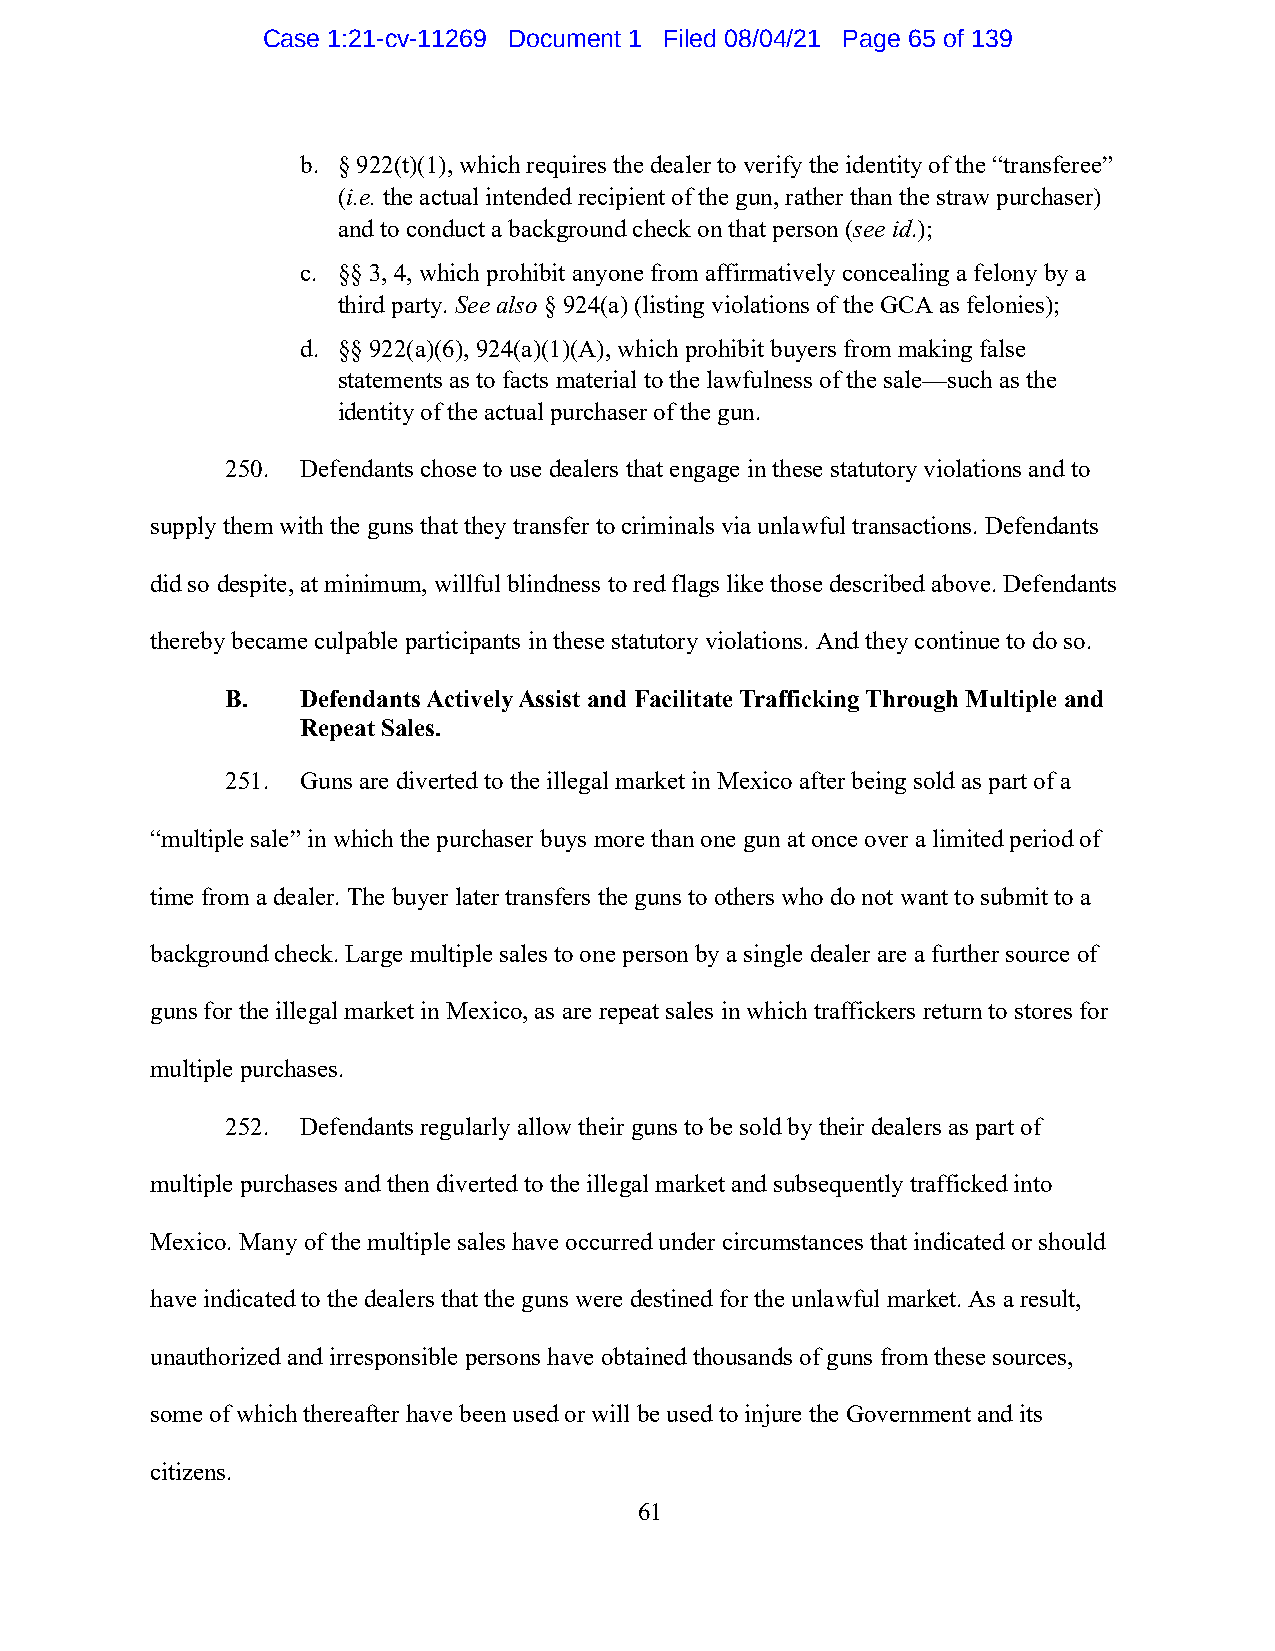
Case 1:21-cv-11269 Document 1 Filed 08/04/21 Page 65 of 139
 b. § 922(t)(1), which requires the dealer to verify the identity of the “transferee”
 (i.e. the actual intended recipient of the gun, rather than the straw purchaser)
 and to conduct a background check on that person (see id.);
 c. §§ 3, 4, which prohibit anyone from affirmatively concealing a felony by a
 third party. See also § 924(a) (listing violations of the GCA as felonies);
 d. §§ 922(a)(6), 924(a)(1)(A), which prohibit buyers from making false
 statements as to facts material to the lawfulness of the sale—such as the
 identity of the actual purchaser of the gun.
 250. Defendants chose to use dealers that engage in these statutory violations and to
 supply them with the guns that they transfer to criminals via unlawful transactions. Defendants
 did so despite, at minimum, willful blindness to red flags like those described above. Defendants
 thereby became culpable participants in these statutory violations. And they continue to do so.
 B.   Defendants Actively Assist and Facilitate Trafficking Through Multiple and
 Repeat Sales.
 251. Guns are diverted to the illegal market in Mexico after being sold as part of a
 “multiple sale” in which the purchaser buys more than one gun at once over a limited period of
 time from a dealer. The buyer later transfers the guns to others who do not want to submit to a
 background check. Large multiple sales to one person by a single dealer are a further source of
 guns for the illegal market in Mexico, as are repeat sales in which traffickers return to stores for
 multiple purchases.
 252. Defendants regularly allow their guns to be sold by their dealers as part of
 multiple purchases and then diverted to the illegal market and subsequently trafficked into
 Mexico. Many of the multiple sales have occurred under circumstances that indicated or should
 have indicated to the dealers that the guns were destined for the unlawful market. As a result,
 unauthorized and irresponsible persons have obtained thousands of guns from these sources,
 some of which thereafter have been used or will be used to injure the Government and its
 citizens.
 61